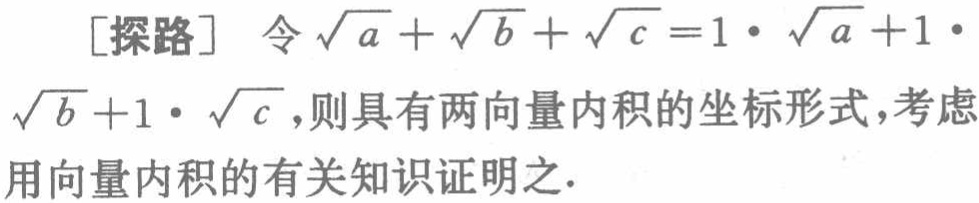
[探路] 令\(\sqrt{a}+\sqrt{b}+\sqrt{c}=1\cdot\sqrt{a}+1\cdot\sqrt{b}+1\cdot\sqrt{c}\)，则具有两向量内积的坐标形式，考虑用向量内积的有关知识证明之.